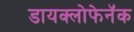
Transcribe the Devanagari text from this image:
डायक्लोफेनॅक